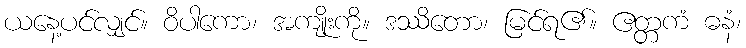
ယနေ့ပင်လျှင်။ ဝိပါကော၊ အကျိုးကို။ ဒဿိတော၊ မြင်ရ၏။ ဧတ္တကံ ဓနံ၊